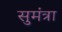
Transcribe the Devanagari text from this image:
सुमंत्रा